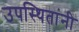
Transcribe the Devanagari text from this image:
उपस्थितांनी